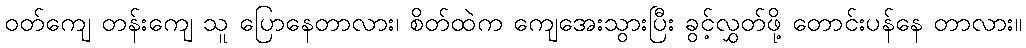
ဝတ်ကျေ တန်းကျေ သူ ပြောနေတာလား၊ စိတ်ထဲက ကျေအေးသွားပြီး ခွင့်လွှတ်ဖို့ တောင်းပန်နေ တာလား။